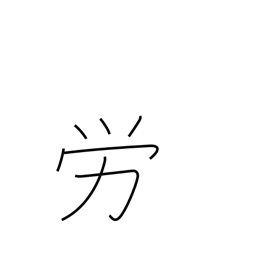
Meaning: labor